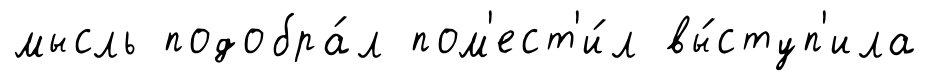
мысль подобра́л пом'ест'и́л вы́ступ'ила